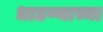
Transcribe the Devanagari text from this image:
धाडण्याच्या